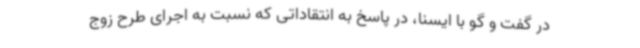
در گفت و گو با ایسنا، در پاسخ به انتقاداتی که نسبت به اجرای طرح زوج